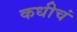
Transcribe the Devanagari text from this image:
कधीचं